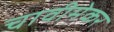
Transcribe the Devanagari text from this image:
चावीमेकर